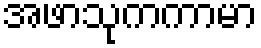
အဖာသုကကာမာ